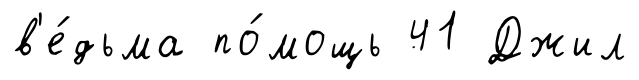
в'е́дьма по́мощь 41 Джил